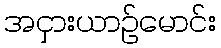
အငှားယာဉ်မောင်း